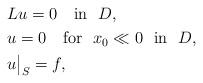
LaTeX: \begin{align*}&Lu = 0 \ \ \ \mbox{in}\ \ D,\\&u = 0 \ \ \ \mbox{for}\ \ x_0 \ll 0\ \ \mbox{in}\ \ D,\\&u\big|_S =f,\end{align*}